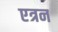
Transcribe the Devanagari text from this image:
एत्रन